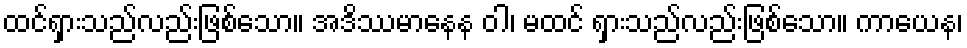
ထင်ရှားသည်လည်းဖြစ်သော။ အဒိဿမာနေန ဝါ၊ မထင် ရှားသည်လည်းဖြစ်သော။ ကာယေန၊